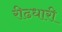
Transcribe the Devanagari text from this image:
रीढधारी